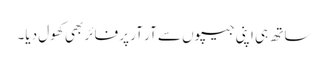
ساتھ ہی اپنی جیپوں سے آر آر پر فائر بھی کھول دیا۔